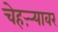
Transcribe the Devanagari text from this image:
चेहऱ्र्‍यावर